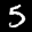
Label: 5